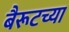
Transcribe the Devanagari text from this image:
बैरूटच्या